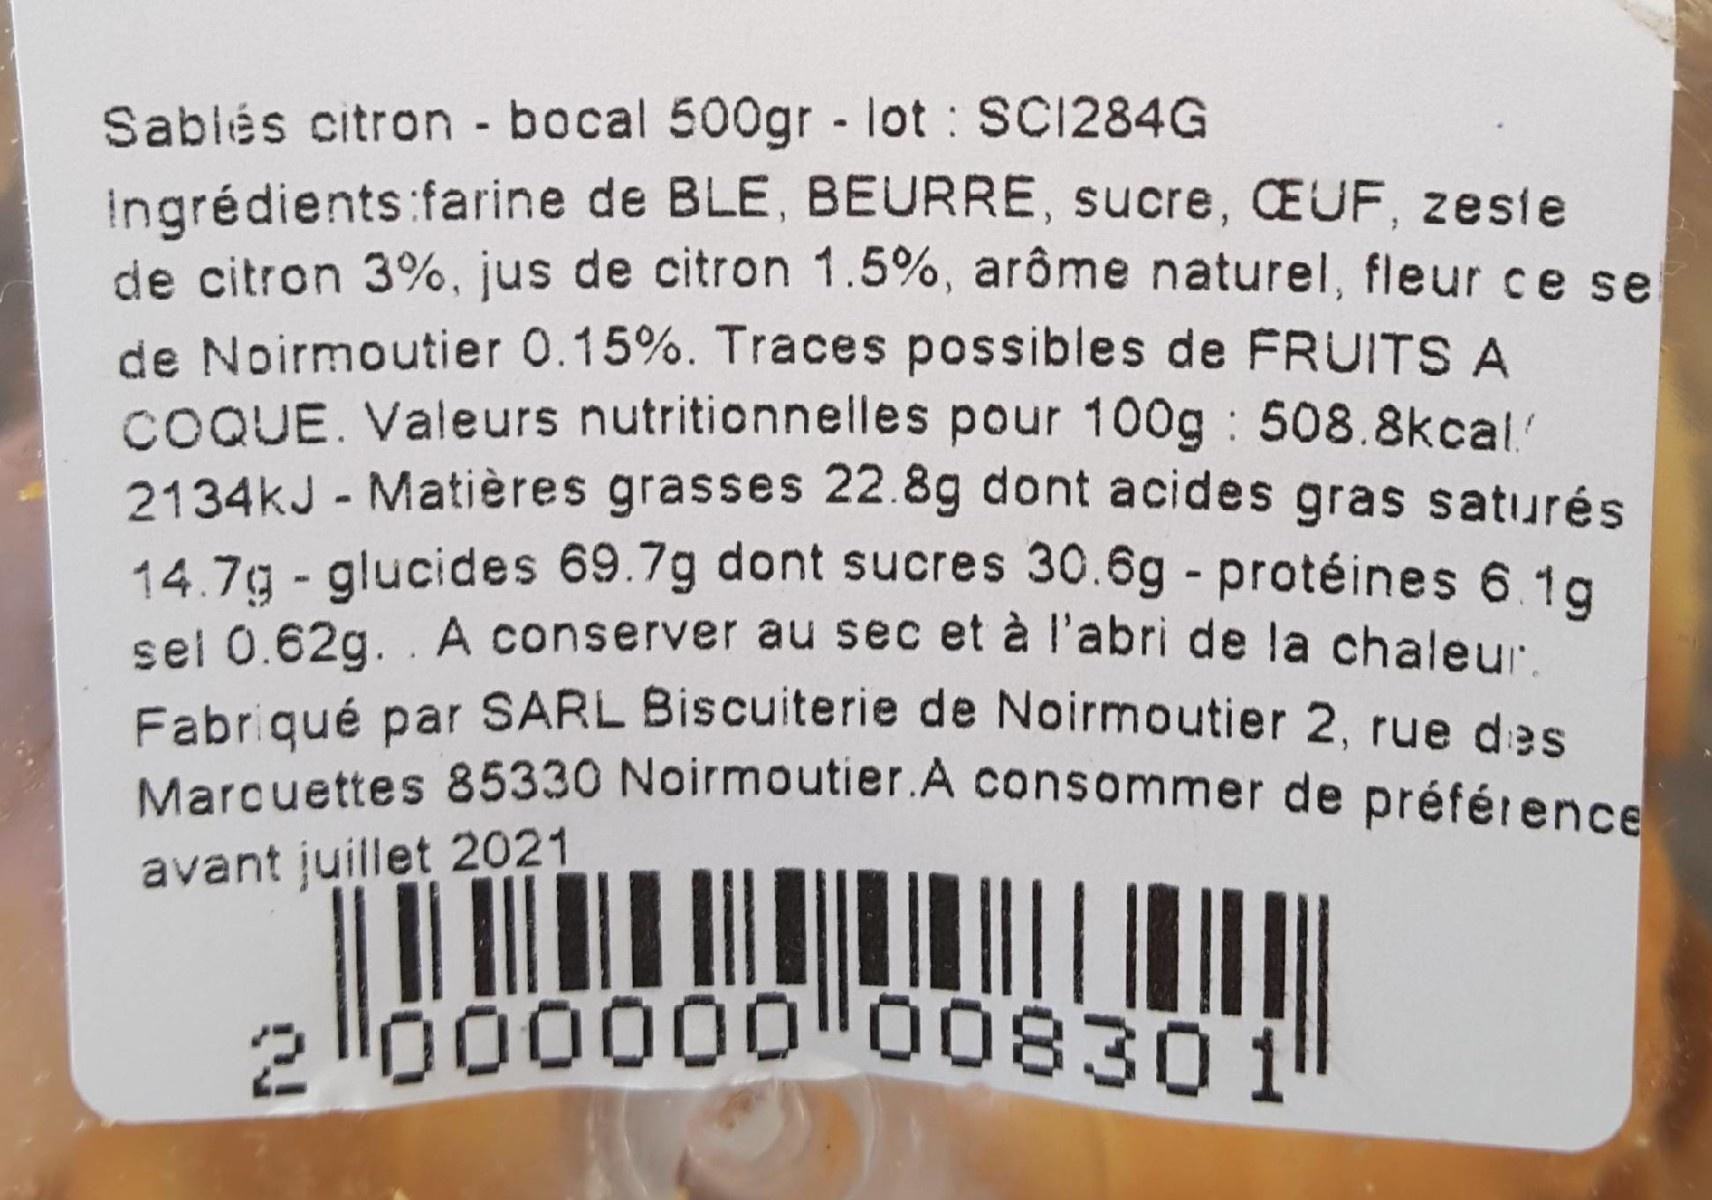
Sablés citron - bocal 500gr lot SC1284G Ingrédients:farine de BLE, BEURRE, sucre, CEUF, zeste de citron 3%, jus de citron 1.5%, arôme naturel, fleur ce se de Noirmoutier 0.15%. Traces possibles de FRUITS A COQUE. Valeurs nutritionnelles pour 100g 508.8kcal' 2134kJ - Matières grasses 22.8g dont acides gras saturés 14.7g - glucides 69.7g dont sucres 30.6g protéines 6.1g sel 0.62g. . A conserver au sec et à l'abri de la chaleu:
Fabriqué par SARL Biscuiterie de Noirmoutier 2, rue das Marcuettes 85330 Noirmoutier.A consommer de préférence
avant juillet 2021
200000000830 1"